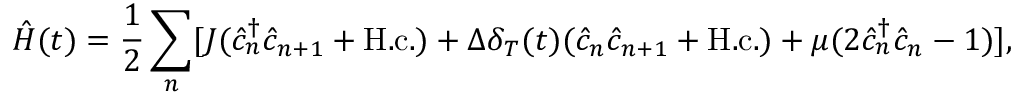
\hat { H } ( t ) = \frac { 1 } { 2 } \sum _ { n } [ J ( \hat { c } _ { n } ^ { \dagger } \hat { c } _ { n + 1 } + \mathrm { H . c . } ) + \Delta \delta _ { T } ( t ) ( \hat { c } _ { n } \hat { c } _ { n + 1 } + \mathrm { H . c . } ) + \mu ( 2 \hat { c } _ { n } ^ { \dagger } \hat { c } _ { n } - 1 ) ] ,